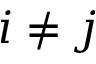
i \ne j